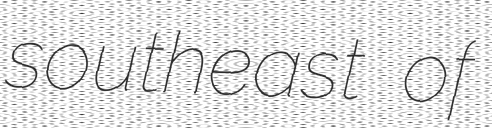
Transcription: southeast of